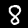
Label: 8